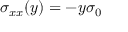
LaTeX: \sigma _ { x x } ( y ) = - y \sigma _ { 0 }